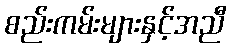
စည်းကမ်းများနှင့်အညီ